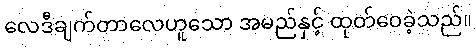
လေဒီချက်တာလေဟူသော အမည်နှင့် ထုတ်ဝေခဲ့သည်။